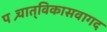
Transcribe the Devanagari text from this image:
पश्र्चात्‌विकासवागद